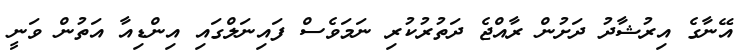
އޭނާގެ އިރުޝާދު ދަށުން ރާއްޖެ ދަތުރުކުރި ނަމަވެސް ފައިނަލްގައި އިންޑިއާ އަތުން ވަނީ